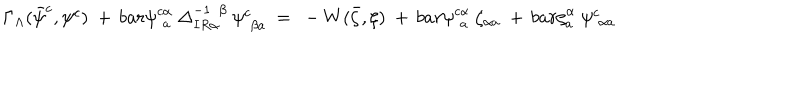
LaTeX: \Gamma _ { \Lambda } ( \bar { \psi } _ { \phantom { j } } ^ { c } , \psi _ { \phantom { j } } ^ { c } ) \ + \, b a r { \psi } _ { \phantom { c } a } ^ { c \alpha } \ \Delta _ { I R \alpha } ^ { - 1 \phantom { \alpha } \beta } \ \psi _ { \phantom { c } \beta a } ^ { c } \ = \ - W ( \bar { \zeta } , \zeta ) \ + \, b a r { \psi } _ { \phantom { c } a } ^ { c \alpha } \ \zeta _ { \alpha a } ^ { \phantom { \rho } } \ + \, b a r { \zeta } _ { a } ^ { \alpha } \ \psi _ { \phantom { c } \alpha a } ^ { c }